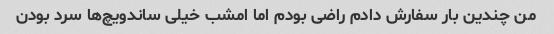
من چندین بار سفارش دادم راضی بودم اما امشب خیلی ساندویچ‌ها سرد بودن